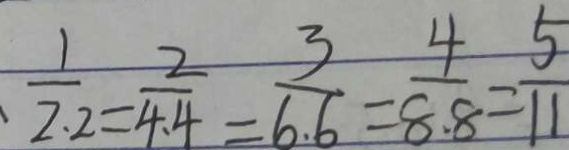
\frac { 1 } { 2 . 2 } = \frac { 2 } { 4 . 4 } = \frac { 3 } { 6 . 6 } = \frac { 4 } { 8 . 8 } = \frac { 5 } { 1 1 }